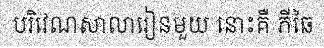
បរិវេណសាលារៀនមួយ នោះគឺ ភីឆៃ